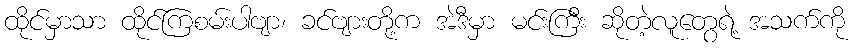
ထိုင်မှာသာ ထိုင်ကြစမ်းပါဗျာ၊ ခင်ဗျားတို့က အဲဒီမှာ မင်းကြီး ဆိုတဲ့လူတွေရဲ့ အသက်ကို